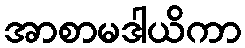
အာစာမဒါယိကာ